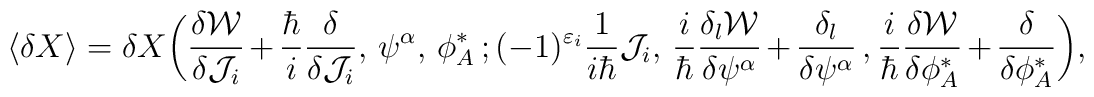
\langle\delta X\rangle=\delta X \bigg(\frac{\delta{\cal W}}{\delta{\cal J}_i}+\frac{\hbar}{i} \frac{\delta}{\delta{\cal J}_i},\,\psi^\alpha,\,\phi^*_A\,; (-1)^{\varepsilon_i}\frac{1}{i\hbar}{\cal J}_i,\, \frac{i}{\hbar}\frac{\delta_l{\cal W}}{\delta\psi^\alpha}+ \frac{\delta_l}{\delta\psi^\alpha}\,, \frac{i}{\hbar}\frac{\delta{\cal W}}{\delta\phi^*_A}+ \frac{\delta}{\delta\phi^*_A}\bigg),